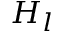
H _ { l }